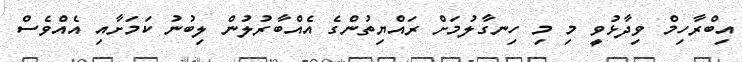
އިބްރާހިމް ވިދާޅުވީ މި މި ހިނގާލުމަށް ރައްޔިތުންގެ އެއްބާރުލުން ލިބުނު ކަމަށާއި އެއްވެސް